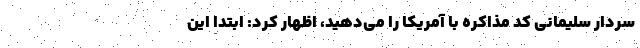
سردار سلیمانی کد مذاکره با آمریکا را می‌دهید، اظهار کرد: ابتدا این